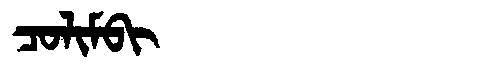
Manchu: ᠴᠣᠯᡳᠮᠪᡳ
Romanization: COLIMBI